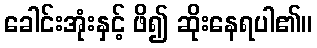
ခေါင်းအုံးနှင့် ဖိ၍ ဆိုးနေရပါ၏။